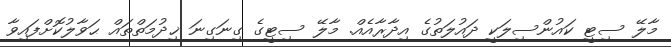
މާލޭ ސިޓީ ކައުންސިލަކީ ދައުލަތުގެ އިދާރާއެއް. މާލޭ ސިޓީގެ ގިނަގިނަ ޚިދުމަތްތައް ޙަވާލުކޮށްފައިވާ